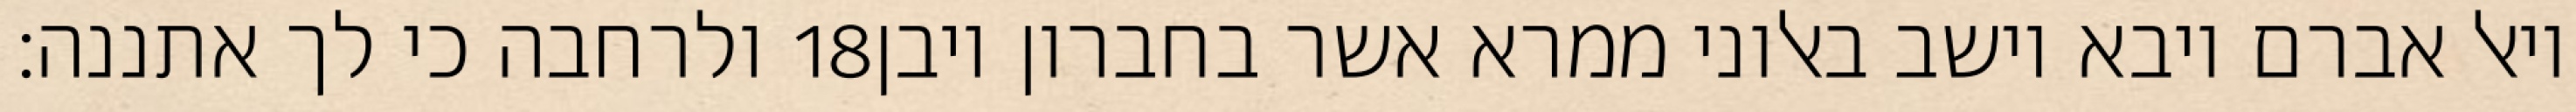
ולרחבה כי לך אתננה׃ ‎18‏ ויאל אברם ויבא וישב באלוני ממרא אשר בחברון ויבן